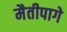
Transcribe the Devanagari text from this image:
मैतीपागे